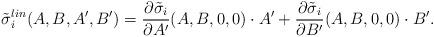
LaTeX: \begin{align*}\tilde\sigma_i^{lin}(A,B,A',B')={\partial \tilde\sigma_i\over\partial A'}(A,B,0,0)\cdot A'+{\partial \tilde\sigma_i\over\partial B'}(A,B,0,0)\cdot B'.\end{align*}